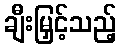
ချီးမြှင့်သည့်